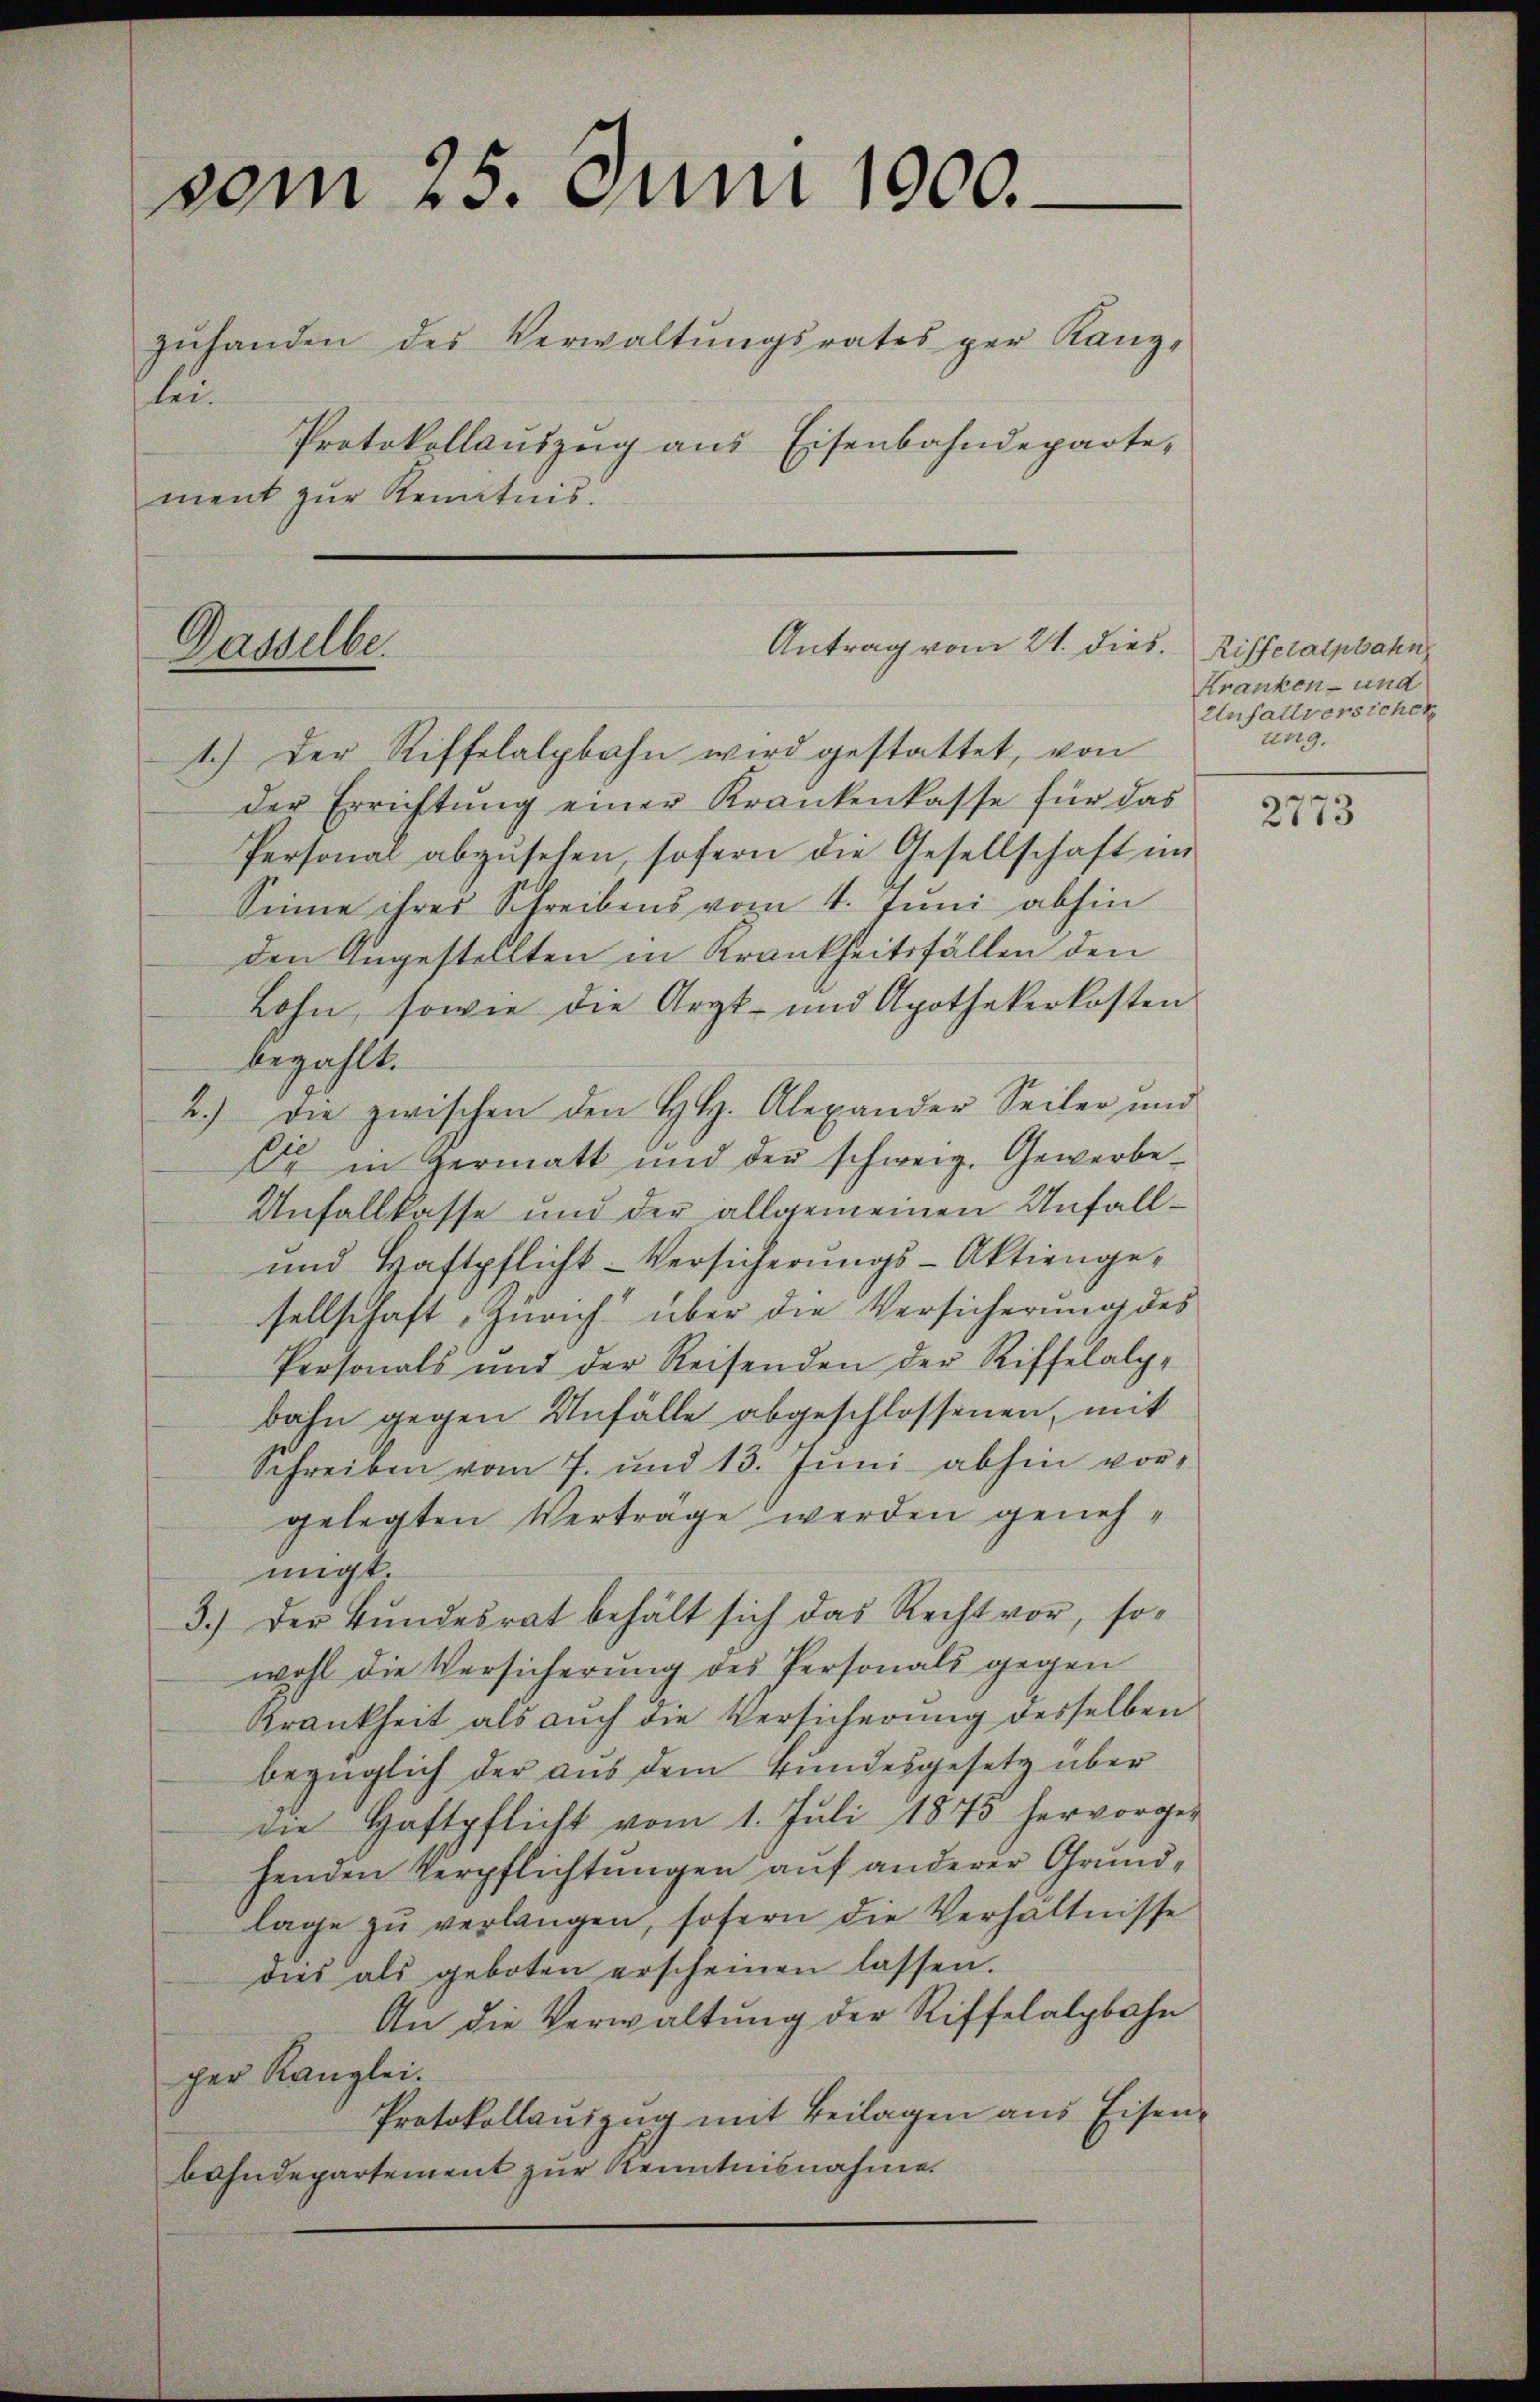
vom 25. Juni 1900.
zŭhanden des Verwaltŭngsrates per Kanz-
lei¬
Protokollauszug aus Eisenbahndeparte,
ment zur Kenntnis.

Dasselbe.

1.) Der Riffelalpbahn wird gestattet, von
der Errichtŭng einer Krankenkasse für das
Personal abzŭsehen, sofern die Gesellschaft im
Sinne ihres Schreibens vom 4. Juni abhin
den Angestellten in Krankheitsfällen den
Lohn, sowie die Arzt- und Apothekerkosten
bezahlt.
2.) Die zwischen den HH. Alexander Seiler und
E in Hermatt und der schweiz. Gewerbe-
Unfallkasse und der allgemeinen Unfall¬
und Haftpflicht-Versicherungs-Aktiengesellschaft, Zürich über die Versicherung des
Personals und der Reisenden der Riffelalp-
bahn gegen Unfälle abgeschlossenen, mit
Schreiben vom 7. und 13. Juni abhin vor-
gelegten Vertrage werden genehmigt.
3.) Der Bŭndesrat behält sich das Recht vor, so-
wohl die Versicherung des Personals gegen
Krankheit als auch die Versicherung desselben
bezüglich der aus dem Bundesgesetz über
die Haftpflicht vom 1. Juli 1875 hervorge-
henden Verpflichtungen auf anderer Grundlage zŭ verlangen, sofern die Verhältnisse
dies als geboten erscheinen lassen.
An die Verwaltung der Riffelalpbahn
per Kanzlei.
Protokollaŭszŭg mit Beilagen aus Eisen-
bahndepartement zur Kenntnisnahme

Antrag vom 21. dies. Riffetatpbahn

Kranken- und
Unfallversichen
ung.

2773